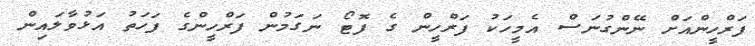
ފަރްހީންއަށް ނޭންގުނަސް އެމީހަކު ފަރްހީން ގެ ފޮޓޯ ނަގަމުން ފަރްހީންގެ ފަހަތު އަޅުވާލައިން